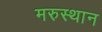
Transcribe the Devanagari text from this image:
मरुस्थान